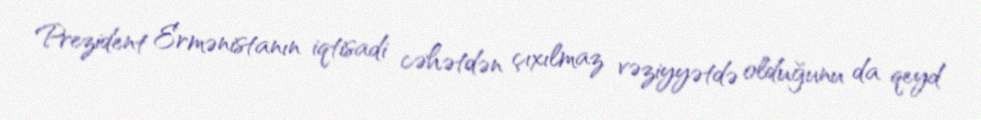
Prezident Ermənistanın iqtisadi cəhətdən çıxılmaz vəziyyətdə olduğunu da qeyd